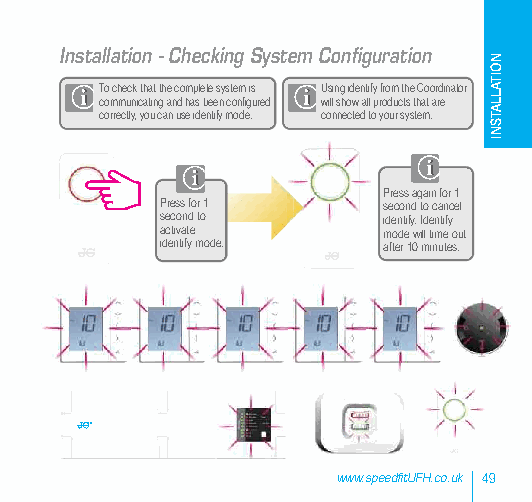
Installation - Checking System Configuration
 To check that the complete system is Using identify from the Coordinator
 communicating and has been configured will show all products that are
 correctly, you can use identify mode. connected to your system.
 Press again for 1
 Press for 1   second to cancel
 second to     identify. Identify
 activate      mode will time out
 identify mode. after 10 minutes.
 www.speedfitUFH.co.uk 49
 NOITALLATSNI